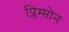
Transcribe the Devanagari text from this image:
प्लिम्प्तोन